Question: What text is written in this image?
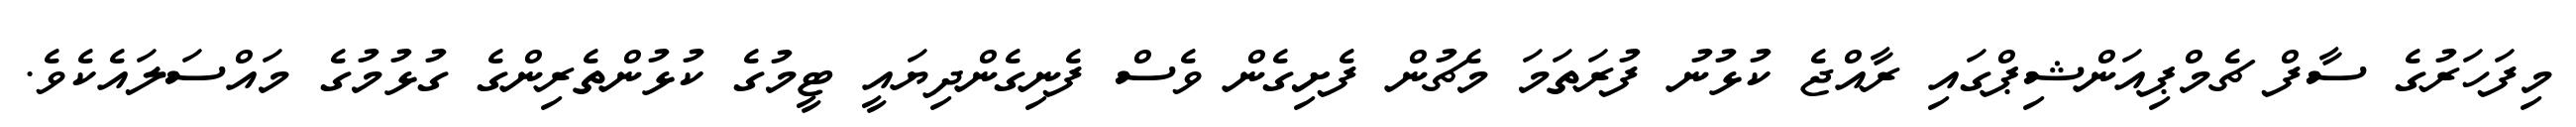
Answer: މިފަހަރުގެ ސާފް ޗެމްޕިއަންޝިޕްގައި ރާއްޖެ ކުޅުނު ފުރަތަމަ މެޗުން ފެށިގެން ވެސް ފެނިގެންދިޔައީ ޓީމުގެ ކުޅުންތެރިންގެ ގުޅުމުގެ މައްސަލައެކެވެ.